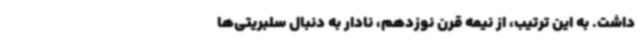
داشت. به این ترتیب، از نیمه قرن نوزدهم، نادار به دنبال سلبریتی‌ها